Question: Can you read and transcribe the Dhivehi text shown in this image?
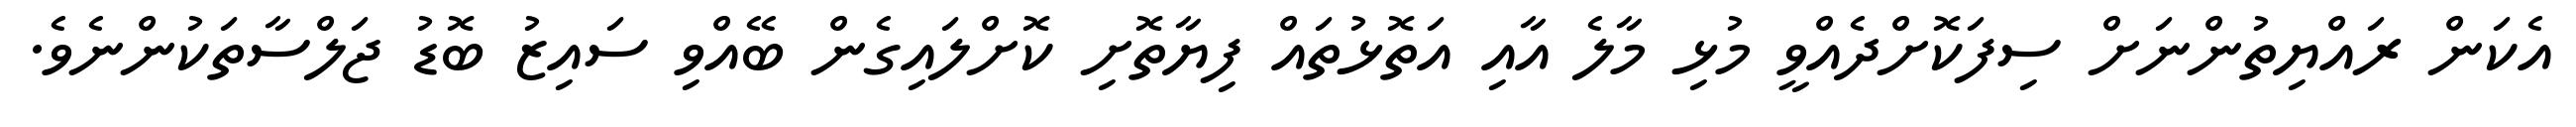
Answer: އެކަން ރައްޔިތުންނަށް ސިފަކޮށްދެއްވީ މުޅި މާލެ އާއި އަތޮޅުތައް ފިޔާތޮށި ކޮށްލައިގެން ބޭއްވި ސައިޒު ބޮޑު ޖަލްސާތަކުންނެވެ.